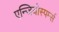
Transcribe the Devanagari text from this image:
एन्जियोस्पर्म्स